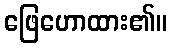
ဖြေဟောထား၏။